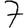
Digit: 7